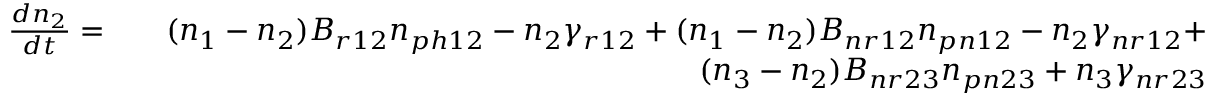
\begin{array} { r l r } { \frac { d n _ { 2 } } { d t } = } & { } & { ( n _ { 1 } - n _ { 2 } ) B _ { r 1 2 } n _ { p h 1 2 } - n _ { 2 } \gamma _ { r 1 2 } + ( n _ { 1 } - n _ { 2 } ) B _ { n r 1 2 } n _ { p n 1 2 } - n _ { 2 } \gamma _ { n r 1 2 } + } \\ & { } & { ( n _ { 3 } - n _ { 2 } ) B _ { n r 2 3 } n _ { p n 2 3 } + n _ { 3 } \gamma _ { n r 2 3 } } \end{array}